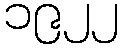
၁၉၂၂